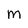
Character: m